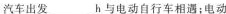
汽车出发___h与电动自行车相遇；电动